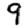
Digit: 9